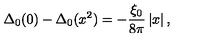
\Delta _ { 0 } ( 0 ) - \Delta _ { 0 } ( x ^ { 2 } ) = - \frac { \xi _ { 0 } } { 8 \pi } \left| x \right| ,